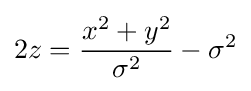
2z={\frac {x^{2}+y^{2}}{\sigma ^{2}}}-\sigma ^{2}